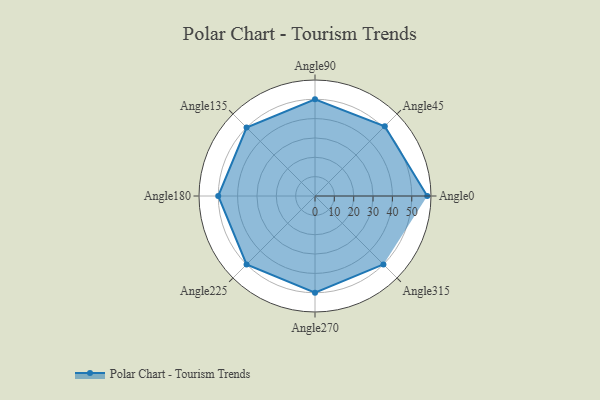
{"axis": {"x": "Angle", "y": "Radius"}, "legend": [""], "data": [{"x": "Angle0", "y": 58.0, "type": ""}, {"x": "Angle45", "y": 51.0, "type": ""}, {"x": "Angle90", "y": 50, "type": ""}, {"x": "Angle135", "y": 50, "type": ""}, {"x": "Angle180", "y": 50, "type": ""}, {"x": "Angle225", "y": 50, "type": ""}, {"x": "Angle270", "y": 50, "type": ""}, {"x": "Angle315", "y": 50, "type": ""}]}